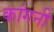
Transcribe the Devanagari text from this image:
कांगनी